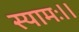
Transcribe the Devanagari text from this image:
स्यामः।।